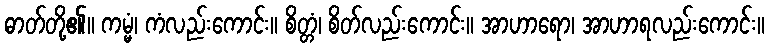
ဓာတ်တို့၏။ ကမ္မံ၊ ကံလည်းကောင်း။ စိတ္တံ၊ စိတ်လည်းကောင်း။ အာဟာရော၊ အာဟာရလည်းကောင်း။